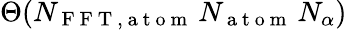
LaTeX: \Theta(N_{\mathrm{~F~F~T~,~a~t~o~m~}}\, N_{\mathrm{~a~t~o~m~}}\, N_{\alpha})